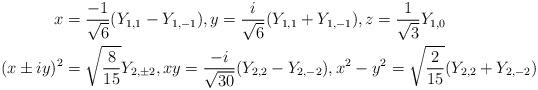
LaTeX: \begin{align*}x & =\frac{-1}{\sqrt{6}}(Y_{1,1}-Y_{1,-1}),y=\frac{i}{\sqrt{6}}(Y_{1,1}+Y_{1,-1}),z=\frac{1}{\sqrt{3}}Y_{1,0}\\(x\pm iy)^{2} & =\sqrt{\frac{8}{15}}Y_{2,\pm2},xy=\frac{-i}{\sqrt{30}}(Y_{2,2}-Y_{2,-2}),x^{2}-y^{2}=\sqrt{\frac{2}{15}}(Y_{2,2}+Y_{2,-2})\end{align*}